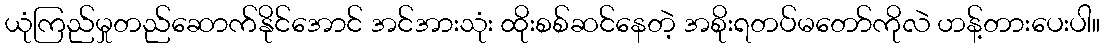
ယုံကြည်မှုတည်ဆောက်နိုင်အောင် အင်အားသုံး ထိုးစစ်ဆင်နေတဲ့ အစိုးရတပ်မတော်ကိုလဲ ဟန့်တားပေးပါ။